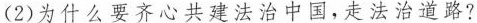
(2)为什么要齐心共建法治中国，走法治道路?